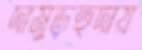
দামুড়হুদায়